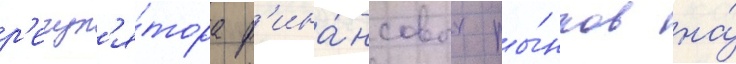
р'егул'я́тора ф'ина́нсовых ры́нков на́